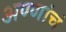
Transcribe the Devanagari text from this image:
अण्णांचं